Report of the Indian Hemp Drugs Commission, 1894-1895 - Volume IV
Year: 1894
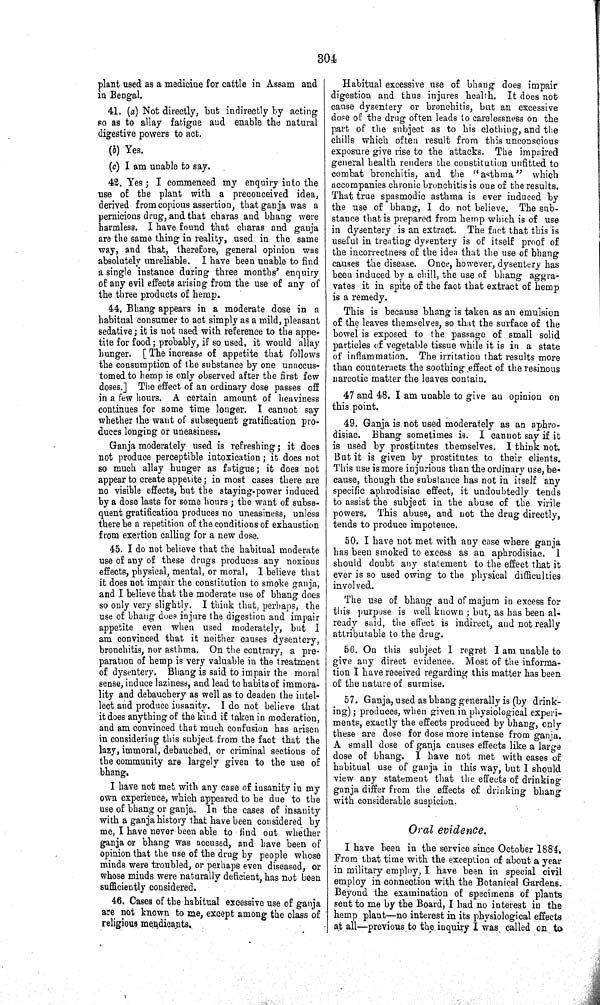
304
plant used as a medicine for cattle in Assam and
in Bengal.
41. (a) Not directly, but indirectly by acting
so as to allay fatigue and enable the natural
digestive powers to act.
(b) Yes.
(c) I am unable to say.
42. Yes; I commenced my enquiry into the
use of the plant with a preconceived idea,
derived from copious assertion, that ganja was a
pernicious drug, and that charas and bhang were
harmless. I have found that charas and ganja
are the same thing in reality, used in the same
way, and that, therefore, general opinion was
absolutely unreliable. I have been unable to find
a single instance during three months' enquiry
of any evil effects arising from the use of any of
the three products of hemp.
44. Bhang appears in a moderate dose in a
habitual consumer to act simply as a mild, pleasant
sedative; it is not used with reference to the appe-
tite for food; probably, if so used, it would allay
hunger. [ The increase of appetite that follows
the consumption of the substance by one unaccus-
tomed to hemp is only observed after the first few
doses.] The effect of an ordinary dose passes off
in a few hours. A certain amount of heaviness
continues for some time longer. I cannot say
whether the want of subsequent gratification pro-
duces longing or uneasiness.
Ganja moderately used is refreshing; it does
not produce perceptible intoxication; it does not
so much allay hunger as fatigue; it does not
appear to create appetite; in most cases there are
no visible effects, but the staying-power induced
by a dose lasts for some hours; the want of subse-
quent gratification produces no uneasiness, unless
there be a repetition of the conditions of exhaustion
from exertion calling for a new dose.
45. I do not believe that the habitual moderate
use of any of these drugs produces any noxious
effects, physical, mental, or moral. I believe that
it does not impair the constitution to smoke ganja,
and I believe that the moderate use of bhang does
so only very slightly. I think that, perhaps, the
use of bhang does injure the digestion and impair
appetite even when used moderately, but I
am convinced that it neither causes dysentery,
bronchitis, nor asthma. On the contrary, a pre-
paration of hemp is very valuable in the treatment
of dysentery. Bhang is said to impair the moral
sense, induce laziness, and lead to habits of immora-
lity and debauchery as well as to deaden the intel-
lect and produce insanity. I do not believe that
it does anything of the kind if taken in moderation,
and am convinced that much confusion has arisen
in considering this subject from the fact that the
lazy, immoral, debauched, or criminal sections of
the community are largely given to the use of
bhang.
I have not met with any case of insanity in my
own experience, which appeared to be due to the
use of bhang or ganja. In the cases of insanity
with a ganja history that have been considered by
me, I have never been able to find out whether
ganja or bhang was accused, and have been of
opinion that the use of the drug by people whose
minds were troubled, or perhaps even diseased, or
whose minds were naturally deficient, has not been
sufficiently considered.
46. Cases of the habitual excessive use of ganja
are not known to me, except among the class of
religious mendicants.
Habitual excessive use of bhang does impair
digestion and thus injures health. It does not
cause dysentery or bronchitis, but an excessive
dose of the drug often leads to carelessness on the
part of the subject as to his clothing, and the
chills which often result from this unconscious
exposure give rise to the attacks. The impaired
general health renders the constitution unfitted to
combat bronchitis, and the "asthma" which
accompanies chronic bronchitis is one of the results.
That true spasmodic asthma is ever induced by
the use of bhang, I do not believe. The sub-
stance that is prepared from hemp which is of use
in dysentery is an extract. The fact that this is
useful in treating dysentery is of itself proof of
the incorrectness of the idea that the use of bhang
causes the disease. Once, however, dysentery has
been induced by a chill, the use of bhang aggra-
vates it in spite of the fact that extract of hemp
is a remedy.
This is because bhang is taken as an emulsion
of the leaves themselves, so that the surface of the
bowel is exposed to the passage of small solid
particles of vegetable tissue while it is in a state
of inflammation. The irritation that results more
than counteracts the soothing effect of the resinous
narcotic matter the leaves contain.
47 and 48. I am unable to give an opinion on
this point.
49. Ganja is not used moderately as an aphro-
disiac. Bhang sometimes is. I cannot say if it
is used by prostitutes themselves. I think not.
But it is given by prostitutes to their clients.
This use is more injurious than the ordinary use, be-
cause, though the substance has not in itself any
specific aphrodisiac effect, it undoubtedly tends
to assist the subject in the abuse of the virile
powers. This abuse, and not the drug directly,
tends to produce impotence.
50. I have not met with any case where ganja
has been smoked to excess as an aphrodisiac. I
should doubt any statement to the effect that it
ever is so used owing to the physical difficulties
involved.
The use of bhang and of majum in excess for
this purpose is well known; but, as has been al-
ready said, the effect is indirect, and not really
attributable to the drug.
56. On this subject I regret I am unable to
give any direct evidence. Most of the informa-
tion I have received regarding this matter has been
of the nature of surmise.
57. Ganja, used as bhang generally is (by drink-
ing); produces, when given in physiological experi-
ments, exactly the effects produced by bhang, only
these are dose for dose more intense from ganja.
A small dose of ganja causes effects like a large
dose of bhang. I have not met with cases of
habitual use of ganja in this way, but I should
view any statement that the effects of drinking
ganja differ from the effects of drinking bhang
with considerable suspicion.
Oral evidence.
I have been in the service since October 1884.
From that time with the exception of about a year
in military employ, I have been in special civil
employ in connection with the Botanical Gardens.
Beyond the examination of specimens of plants
sent to me by the Board, I had no interest in the
hemp plant—no interest in its physiological effects
at all—previous to the inquiry I was called on to